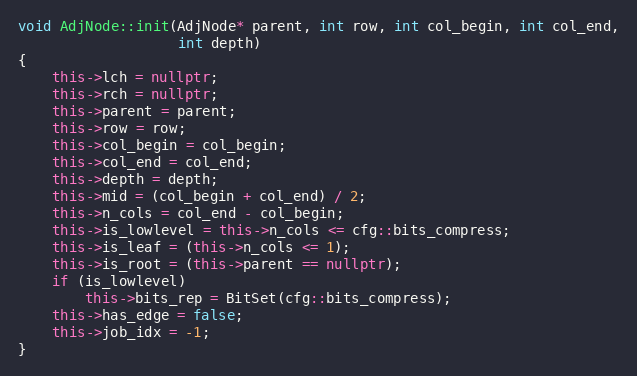
Language: C++
void AdjNode::init(AdjNode* parent, int row, int col_begin, int col_end,
                   int depth)
{
    this->lch = nullptr;
    this->rch = nullptr;
    this->parent = parent;
    this->row = row;
    this->col_begin = col_begin;
    this->col_end = col_end;
    this->depth = depth;
    this->mid = (col_begin + col_end) / 2;
    this->n_cols = col_end - col_begin;
    this->is_lowlevel = this->n_cols <= cfg::bits_compress;
    this->is_leaf = (this->n_cols <= 1);
    this->is_root = (this->parent == nullptr);
    if (is_lowlevel)
        this->bits_rep = BitSet(cfg::bits_compress);
    this->has_edge = false;
    this->job_idx = -1;
}